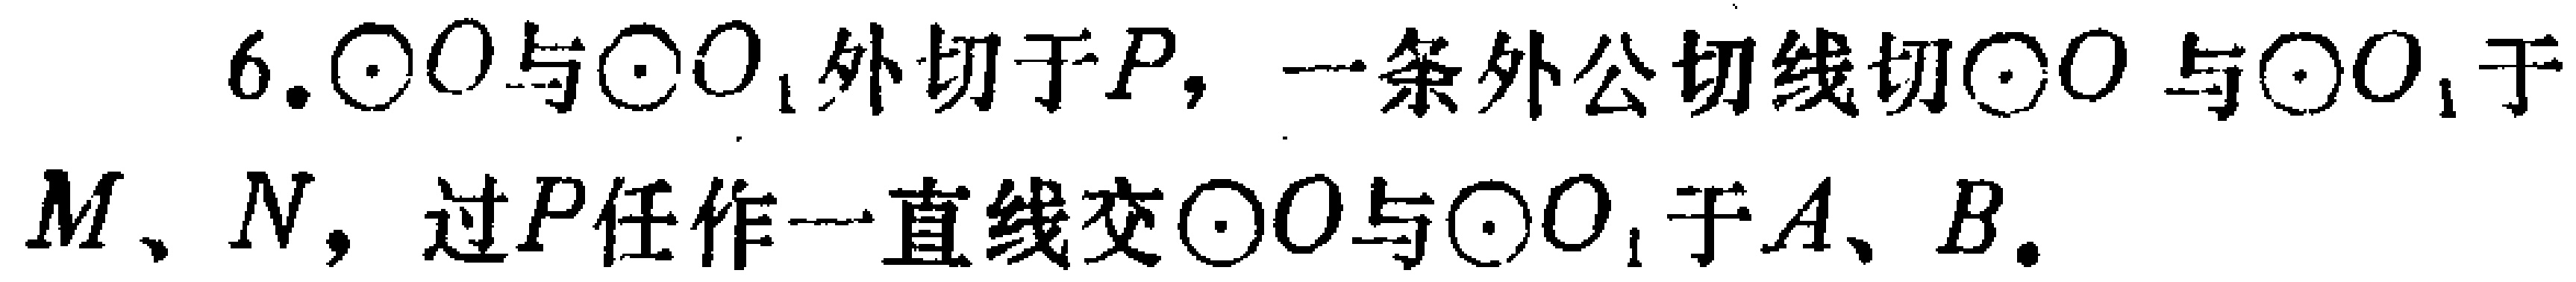
$6.\odot O$与$\odot O_{1}$外切于$P$，一条外公切线切$\odot O$与$\odot O_{1}$于$M、N$，过$P$任作一直线交$\odot O$与$\odot O_{1}$于$A、B.$